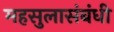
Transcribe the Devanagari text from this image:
महसुलासंबंधी